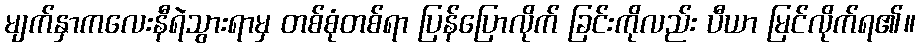
မျက်နှာကလေးနီရဲသွားရာမှ တစ်စုံတစ်ရာ ပြန်ပြောလိုက် ခြင်းကိုလည်း ပီယာ မြင်လိုက်ရ၏။